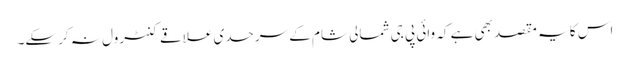
اس کا یہ مقصد بھی ہے کہ وائی پی جی شمالی شام کے سرحدی علاقے کنٹرول نہ کرسکے۔